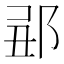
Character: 𨛄